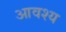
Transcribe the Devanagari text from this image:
आवश्‍य